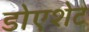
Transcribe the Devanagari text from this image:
डोएशेट